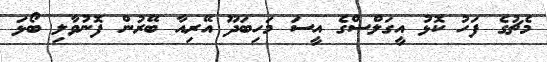
މެޗުގެ ފަހު ކޮޅު އީގަލްސްގެ އީސަ މަހިބަދޫ އޭރިއާ ބޭރުން ފޮނުވާލި ބޯޅަ